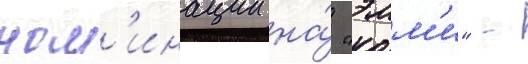
ном'инации на́ "эмм'и" -